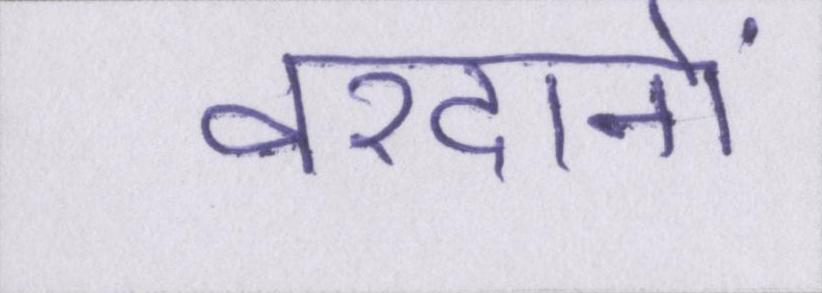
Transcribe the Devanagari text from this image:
वरदानों